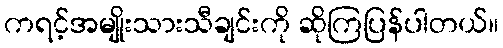
ကရင့်အမျိုးသားသီချင်းကို ဆိုကြပြန်ပါတယ်။